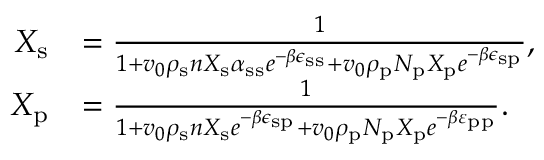
\begin{array} { r l } { X _ { \mathrm { s } } } & { = \frac { 1 } { 1 + v _ { 0 } \rho _ { \mathrm { s } } n X _ { \mathrm { s } } \alpha _ { \mathrm { s s } } e ^ { - \beta \epsilon _ { \mathrm { s s } } } + v _ { 0 } \rho _ { \mathrm { p } } N _ { \mathrm { p } } X _ { \mathrm { p } } e ^ { - \beta \epsilon _ { \mathrm { s p } } } } , } \\ { X _ { \mathrm { p } } } & { = \frac { 1 } { 1 + v _ { 0 } \rho _ { \mathrm { s } } n X _ { \mathrm { s } } e ^ { - \beta \epsilon _ { \mathrm { s p } } } + v _ { 0 } \rho _ { \mathrm { p } } N _ { \mathrm { p } } X _ { \mathrm { p } } e ^ { - \beta \varepsilon _ { \mathrm { p p } } } } . } \end{array}